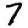
Digit: 7